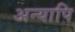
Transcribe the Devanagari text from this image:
अन्यापि